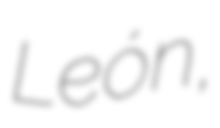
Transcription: León,